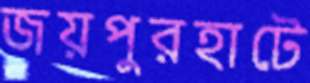
জয়পুরহাটে